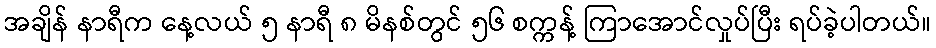
အချိန် နာရီက နေ့လယ် ၅ နာရီ ၈ မိနစ်တွင် ၅၆ စက္ကန့် ကြာအောင်လှုပ်ပြီး ရပ်ခဲ့ပါတယ်။